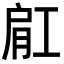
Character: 𬛀